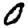
Digit: 0